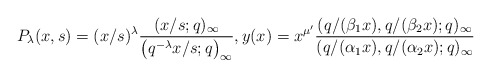
\begin{align*}& P_{\lambda}(x, s) = (x/s)^{\lambda} \frac{(x/s;q)_{\infty}}{\big(q^{-\lambda} x/s ;q\big)_{\infty}}, y(x)=x^{\mu '} \frac{(q/(\beta_1 x), q/(\beta_2 x) ;q)_{\infty}}{(q/(\alpha_1 x), q/(\alpha_2 x) ;q)_{\infty}} \end{align*}